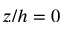
z / h = 0